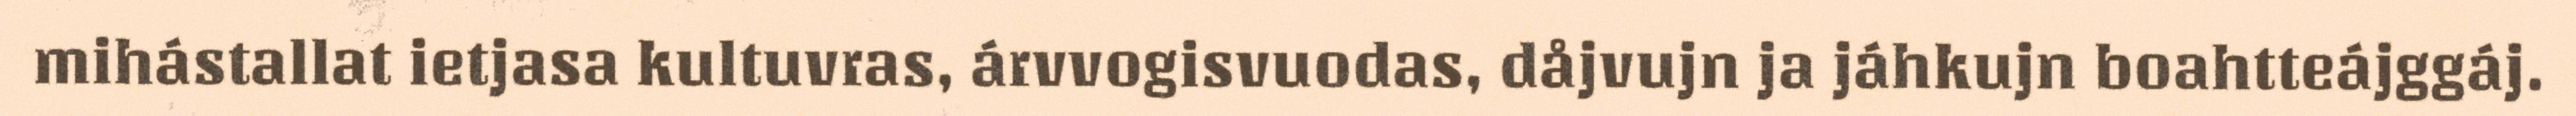
mihástallat ietjasa kultuvras, árvvogisvuodas, dåjvujn ja jáhkujn boahtteájggáj.